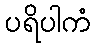
ပရိပါကံ